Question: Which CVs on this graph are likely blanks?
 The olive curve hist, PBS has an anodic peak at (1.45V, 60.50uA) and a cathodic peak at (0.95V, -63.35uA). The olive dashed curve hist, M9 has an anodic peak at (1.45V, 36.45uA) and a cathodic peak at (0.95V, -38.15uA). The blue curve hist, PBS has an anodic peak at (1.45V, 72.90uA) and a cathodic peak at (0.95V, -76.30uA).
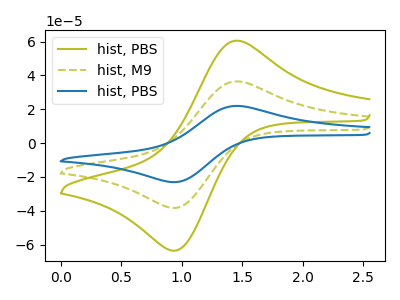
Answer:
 <answer>There are not any CV's on this graph that are likely to be blanks.</answer>
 <eval>none</eval>